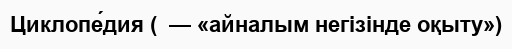
Циклопе́дия (  — «айналым негізінде оқыту»)